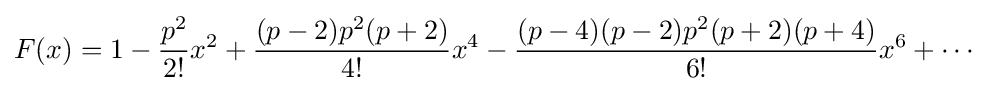
F(x)=1-{\frac {p^{2}}{2!}}x^{2}+{\frac {(p-2)p^{2}(p+2)}{4!}}x^{4}-{\frac {(p-4)(p-2)p^{2}(p+2)(p+4)}{6!}}x^{6}+\cdots